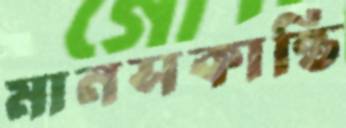
মানসকান্তি